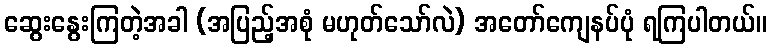
ဆွေးနွေးကြတဲ့အခါ (အပြည့်အစုံ မဟုတ်သော်လဲ) အတော်ကျေနပ်ပုံ ရကြပါတယ်။